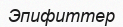
Эпифиттер